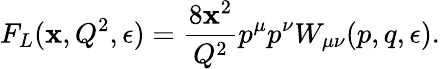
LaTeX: F_{L}(\mathbf{x},Q^{2},\epsilon)=\frac{{8\mathbf{x}^{2}}}{{Q^{2}}}p^{\mu}p^{\nu}W_{\mu\nu}(p,q,\epsilon).